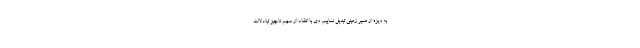
به ویژه از مسیر زمینی تبدیل نماییم. وی با انتقاد از سهم ناچیز تبادلات